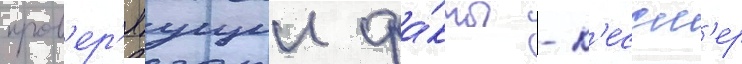
пров'ер'яущии фа́кты - к'ессл'ер